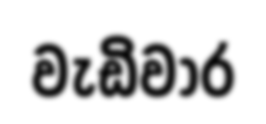
වැඩිවාර